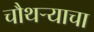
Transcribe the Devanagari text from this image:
चौथऱ्याचा